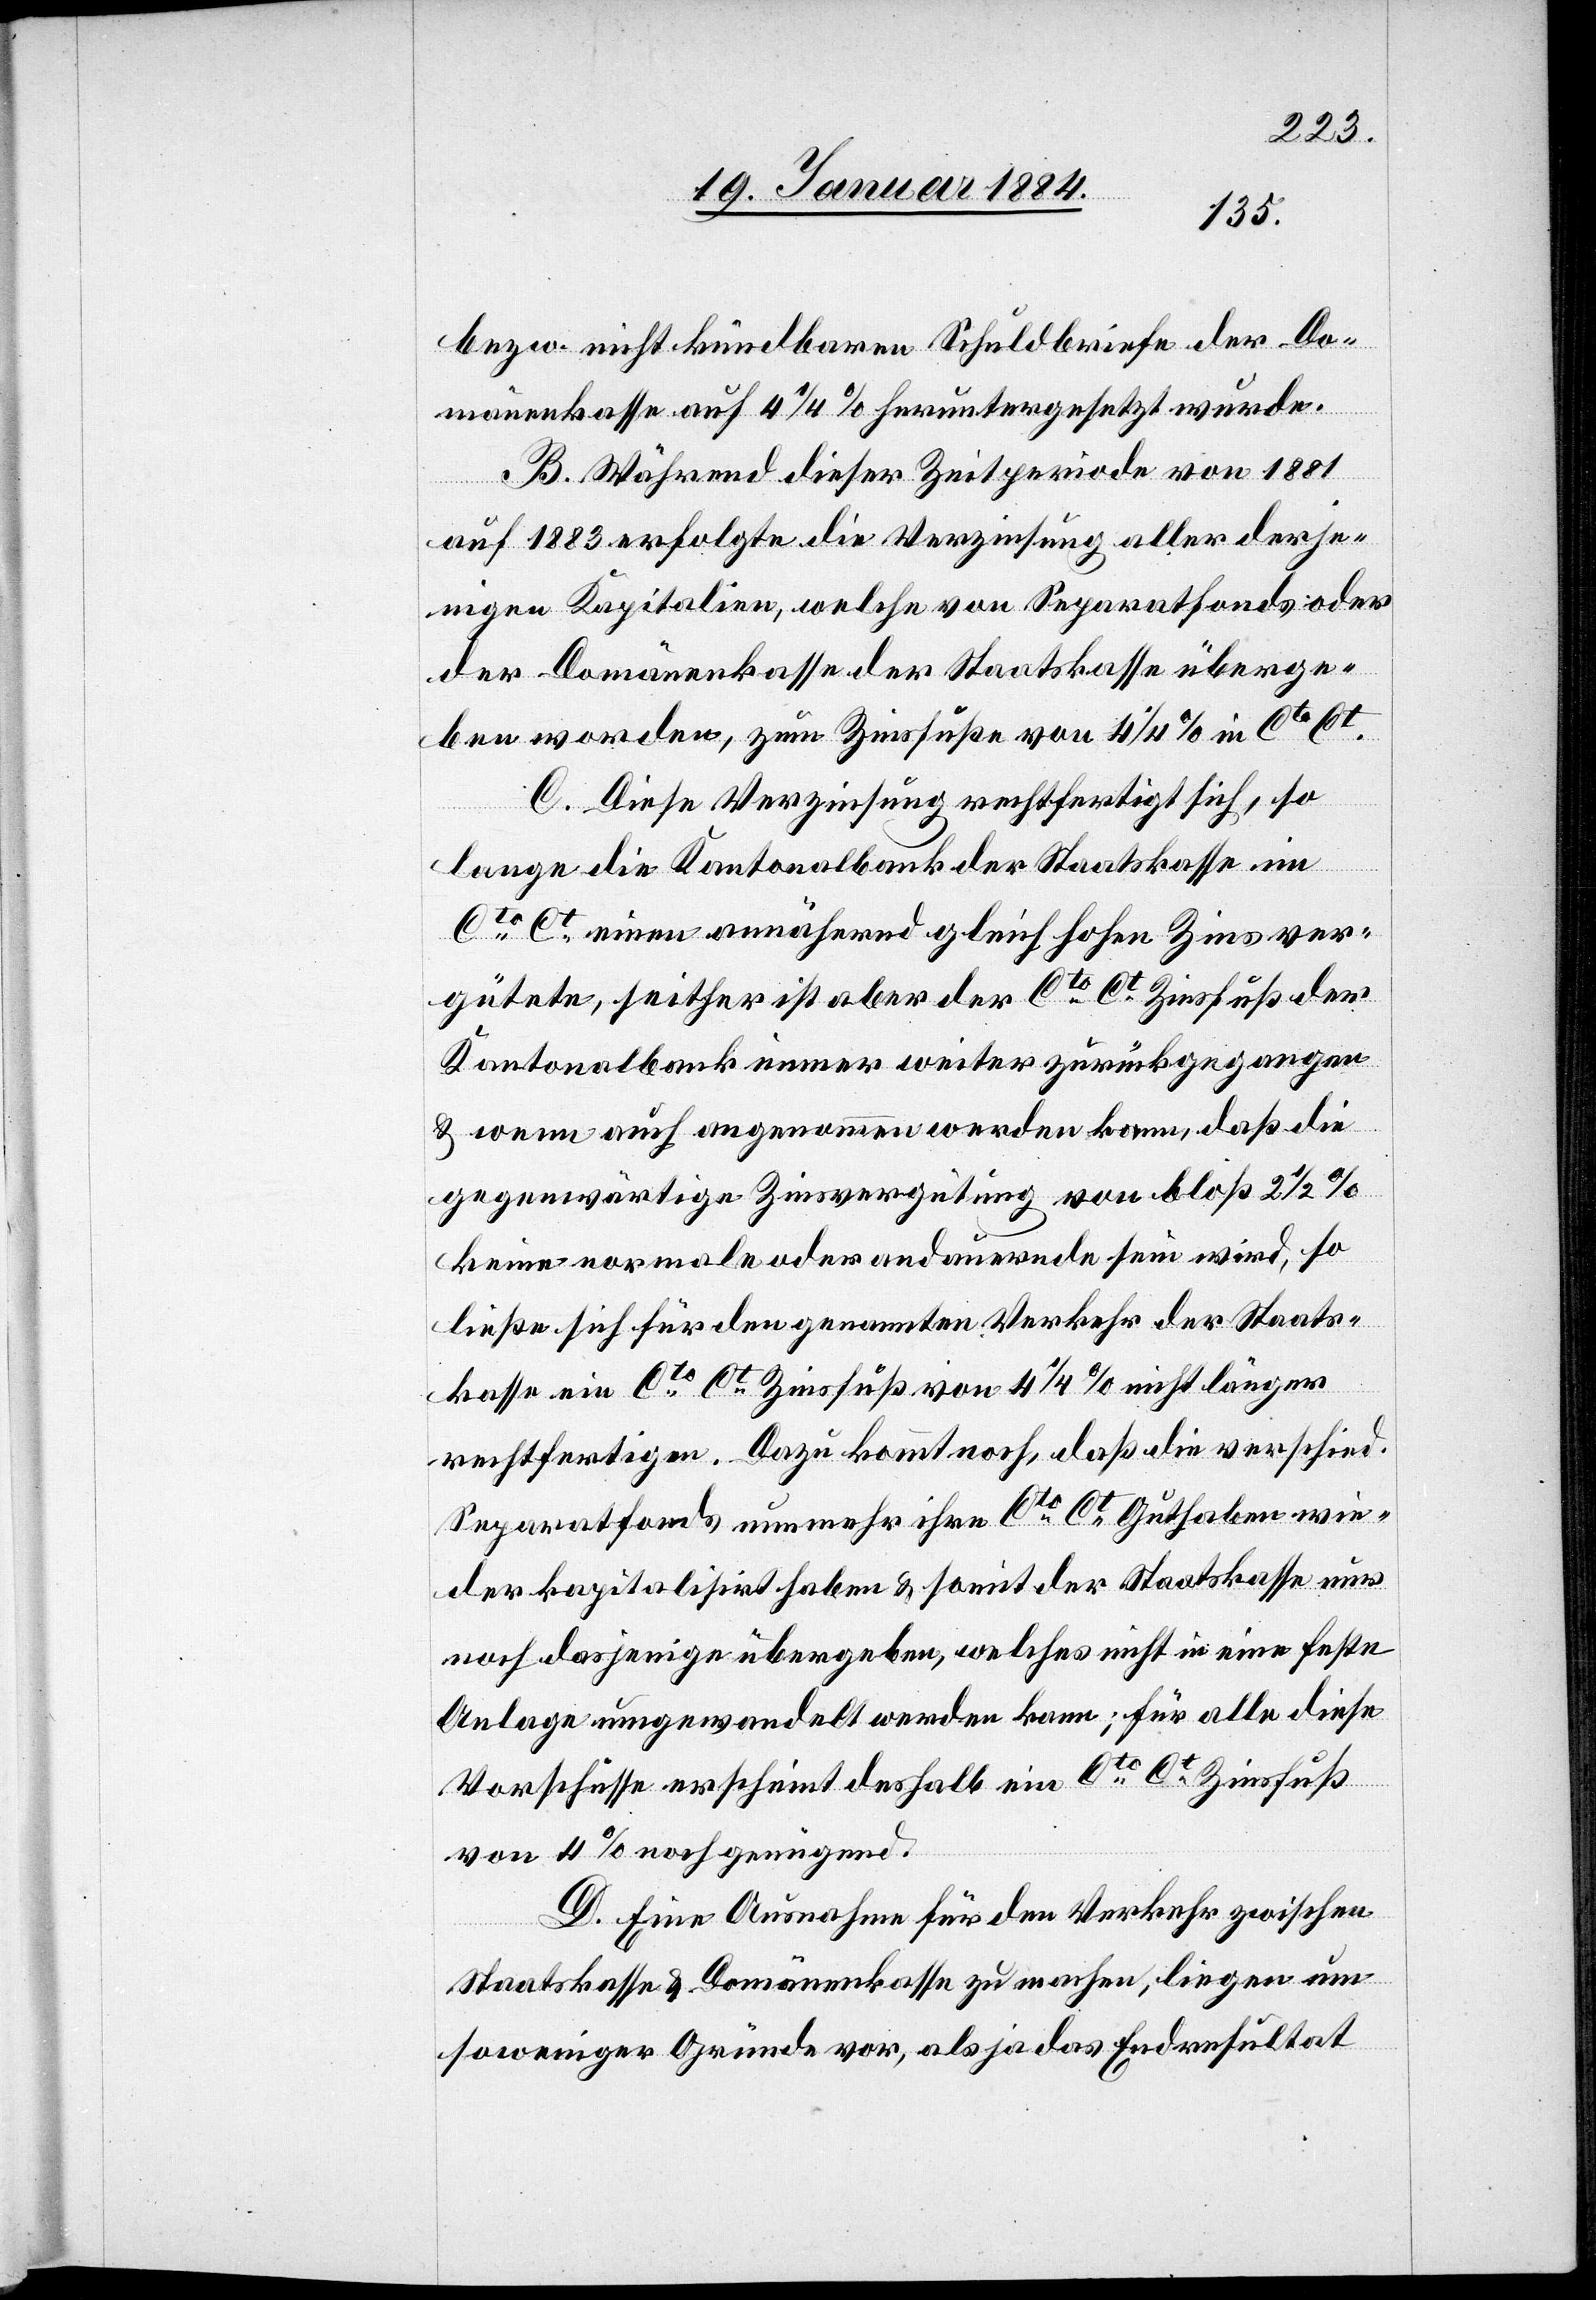
bzw. nicht kündbaren Schuldbriefe der Do¬
mänenkasse auf 4 1/4% heruntergesetzt wurden.
B. Während dieser Zeitperiode von 1881
auf 1883 erfolgte die Verzinsung aller derje¬
nigen Kapitalien, welche von Separatfons oder
der Domänenkasse der Staatskasse überge¬
ben worden, zum Zinsfuße von 4 1/4% in Cto Ct.
C. Diese Verzinsung rechtfertigt sich, so
lange die Kantonalbank der Staatskasse im
Cto Ct einen annähernd gleich hohen Zins ver¬
gütete, seither ist aber der Cto Ct Zinsfuß der
Kantonalbank immer weiter zurückgegangen
& wenn auch angenommen werden kann, daß die
gegenwärtige Zinsvergütung von bloß 2 1/2%
keine normale oder andauernde sein wird, so
ließe sich für den genannten Verkehr der Staats¬
kasse ein Cto Ct Zinsfuß von 4 1/4% nicht länger
rechtfertigen. Dazu kommt noch, daß die versch.
Separatfonds nunmehr ihre Cto Ct Guthaben wie¬
der kapitalisiert haben & somit der Staatskasse nur
noch dasjenige übergeben, welches nicht in eine feste
Anlage umgewandelt werden kann; für alle diese
Vorschüsse erscheint deshalb ein Cto Ct Zinsfuß
von 4% noch genügend.
[Um] Eine Ausnahme für den Verkehr zwischen
D.
Staatskasse & Domänenkasse zu machen, liegen um
so weniger Gründe vor, als ja das Endresultat